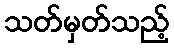
သတ်မှတ်သည့်